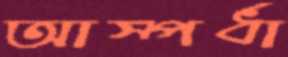
আস্পর্ধা